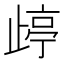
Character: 𱥄